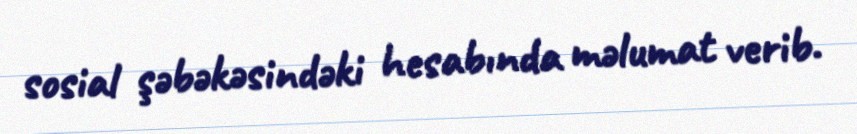
sosial şəbəkəsindəki hesabında məlumat verib.